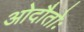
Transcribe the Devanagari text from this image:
ओदौतोः